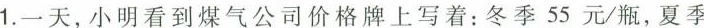
1.一天，小明看到煤气公司价格牌上写着：冬季55元/瓶，夏季